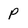
Character: p